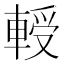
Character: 𰹘